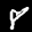
Label: 8